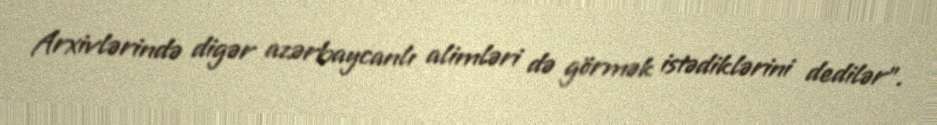
Arxivlərində digər azərbaycanlı alimləri də görmək istədiklərini dedilər”.